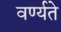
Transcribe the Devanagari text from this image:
वर्ण्यते